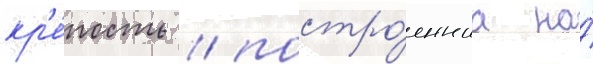
кр'е́пость / постро́еннаа на́